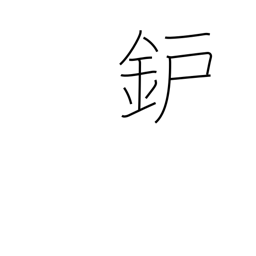
Meaning: hearth